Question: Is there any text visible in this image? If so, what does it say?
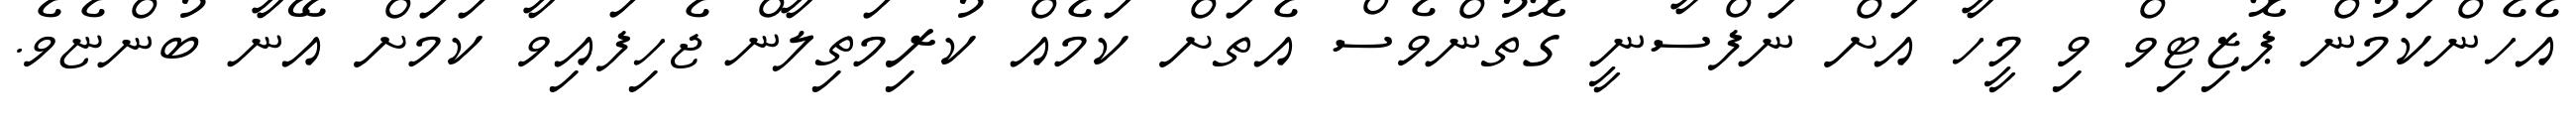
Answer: އެހެންކަމުން ޕޮޒިޓިވް ވި މީހާ އަށް ނަފްސާނީ ގޮތުންވެސް އެތަށް ކަމެއް ކުރިމަތިލާން ޖެހިފައިވާ ކަމަށް އޭނާ ބުންޏެވެ.